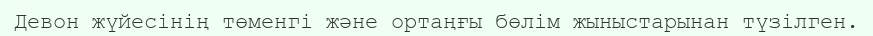
Девон жүйесінің төменгі және ортаңғы бөлім жыныстарынан түзілген.